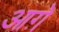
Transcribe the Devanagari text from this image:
आग़े